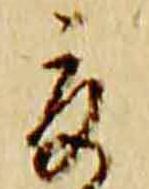
夏